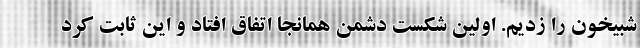
شبیخون را زدیم. اولین شکست دشمن همانجا اتفاق افتاد و این ثابت کرد